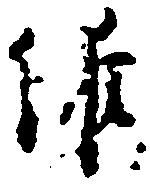
維